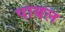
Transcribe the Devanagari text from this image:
पाबल